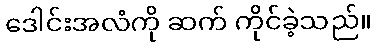
ဒေါင်းအလံကို ဆက် ကိုင်ခဲ့သည်။